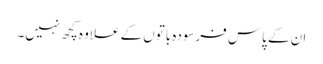
ان کے پاس فرسودہ باتوں کے علاوہ کچھ نہیں۔